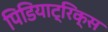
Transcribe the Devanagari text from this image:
पिडियाट्रिक्स